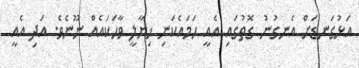
އަޅުގަނޑަށް އެނގުނު ގޮތުގައި އެއީ ހަމައެކަނި ޚިޔާލީ ވާހަކައެއް ނޫނެވެ. އަދި އެއީ